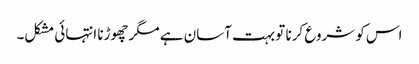
اس کو شروع کرنا تو بہت آسان ہے مگر چھوڑنا انتہائی مشکل۔